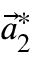
\vec { a } _ { 2 } ^ { * }